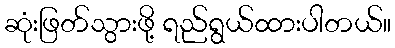
ဆုံးဖြတ်သွားဖို့ ရည်ရွယ်ထားပါတယ်။